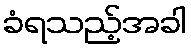
ခံရသည့်အခါ